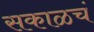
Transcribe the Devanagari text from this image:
सकाळचं